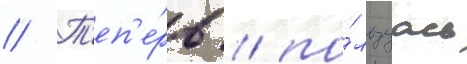
// Т'еп'е́рь / по́льзуась